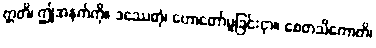
ဣတိ၊ ဤအနက်ကို။ ဒဿေတုံ၊ ဟောတော်မူခြင်းငှာ။ စေတသိကောတိ၊